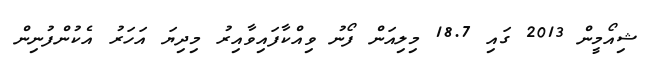
ޝިއޯމީން 2013 ގައި 18.7 މިލިއަން ފޯނު ވިއްކާފައިވާއިރު މިދިޔަ އަހަރު އެކުންފުނިން